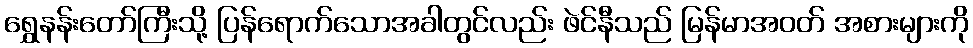
ရွှေနန်းတော်ကြီးသို့ ပြန်ရောက်သောအခါတွင်လည်း ဖဲင်နီသည် မြန်မာအဝတ် အစားများကို